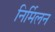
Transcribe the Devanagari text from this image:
निर्मिलन